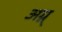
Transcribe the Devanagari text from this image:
अग्न्